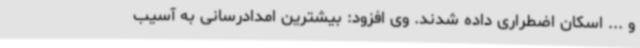
و ... اسکان اضطراری داده شدند. وی افزود: بیشترین امدادرسانی به آسیب